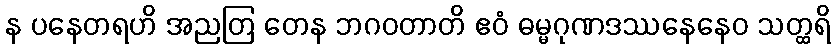
န ပနေတရဟိ အညတြ တေန ဘဂဝတာတိ ဧဝံ ဓမ္မဂုဏဒဿနေနေဝ သတ္ထရိ